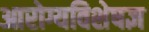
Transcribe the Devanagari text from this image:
आरोग्यविशेषज्ञ